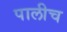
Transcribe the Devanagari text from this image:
पालीच